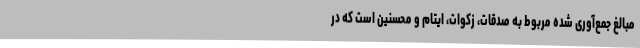
مبالغ جمع‌آوری شده مربوط به صدقات، زکوات، ایتام و محسنین است که در